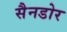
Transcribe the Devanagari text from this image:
सैनडोर